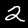
Label: 2